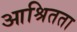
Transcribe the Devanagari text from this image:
आश्रितता